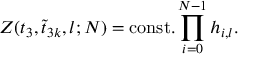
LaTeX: Z ( t _ { 3 } , \tilde { t } _ { 3 k } , l ; N ) = \mathrm { c o n s t . } \prod _ { i = 0 } ^ { N - 1 } h _ { i , l } .